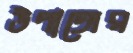
উপাঙ্গের